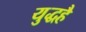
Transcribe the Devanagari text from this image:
युद्धहै